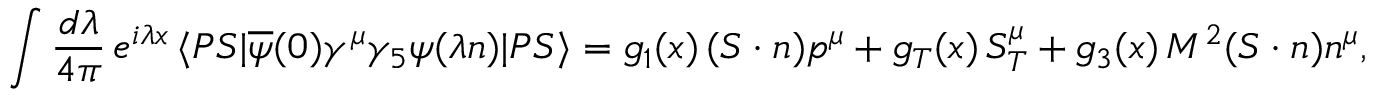
\int \frac { d \lambda } { 4 \pi } \, e ^ { i \lambda x } \, \langle P S | \overline { { { \psi } } } ( 0 ) \gamma ^ { \mu } \gamma _ { 5 } \psi ( \lambda n ) | P S \rangle = g _ { 1 } ( x ) \, ( S \cdot n ) p ^ { \mu } + g _ { T } ( x ) \, S _ { T } ^ { \mu } + g _ { 3 } ( x ) \, M ^ { 2 } ( S \cdot n ) n ^ { \mu } ,